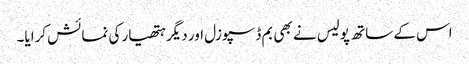
اس کے ساتھ پولیس نے بھی بم ڈسپوزل اور دیگر ہتھیار کی نمائش کرایا۔